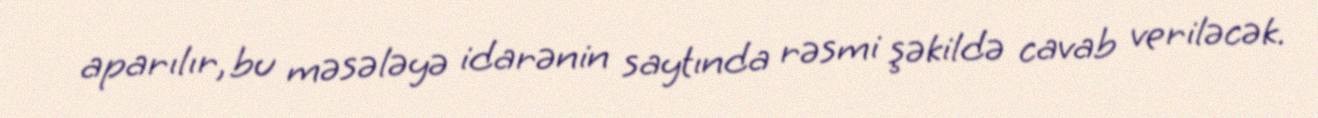
aparılır, bu məsələyə idarənin saytında rəsmi şəkildə cavab veriləcək.